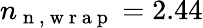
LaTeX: n_{\mathrm{~n~,~w~r~a~p~}}=2.44